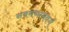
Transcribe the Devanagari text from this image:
नवमध्यमवर्ग